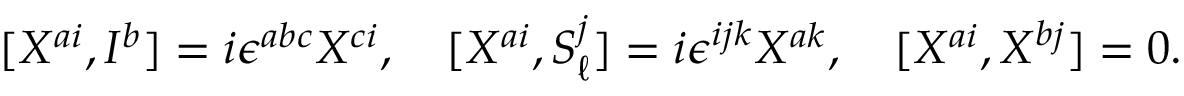
[ X ^ { a i } , I ^ { b } ] = i \epsilon ^ { a b c } X ^ { c i } , \quad [ X ^ { a i } , S _ { \ell } ^ { j } ] = i \epsilon ^ { i j k } X ^ { a k } , \quad [ X ^ { a i } , X ^ { b j } ] = 0 .